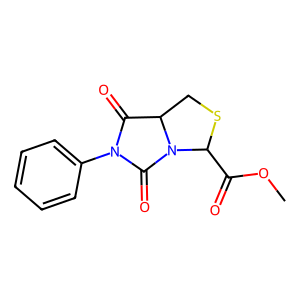
SMILES: COC(=O)C1SCC2C(=O)N(c3ccccc3)C(=O)N21
Inhibits HIV replication: No